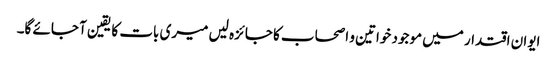
ایوان اقتدار میں موجود خواتین و اصحاب کا جائزہ لیں میری بات کا یقین آ جائے گا۔